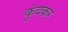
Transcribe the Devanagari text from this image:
कुंदकर